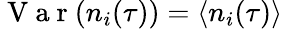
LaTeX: \mathrm{~V~a~r~}(n_{i}(\tau))=\langle n_{i}(\tau)\rangle